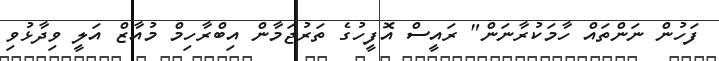
ފަހުން ނަންތައް ހާމަކުރާނަން" ރައީސް އޮފީހުގެ ތަރުޖަމާން އިބްރާހިމް މުއާޒް އަލީ ވިދާޅުވި